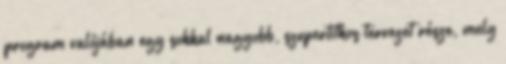
program valójában egy sokkal nagyobb, szupertitkos tervezet része, mely